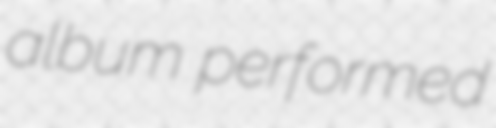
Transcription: album performed